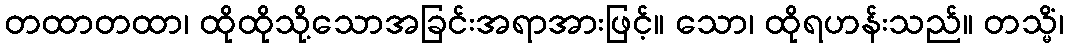
တထာတထာ၊ ထိုထိုသို့သောအခြင်းအရာအားဖြင့်။ သော၊ ထိုရဟန်းသည်။ တသ္မိံ၊